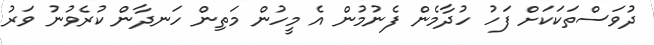
ދުވަސްތަކަކަށް ފަހު ހުދާމެން ފެނުމުން އެ މީހުން މަތިން ހަނދާން ކުރެވުނު ވަރު